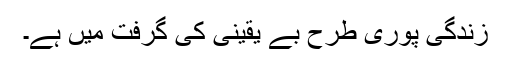
زندگی پوری طرح بے یقینی کی گرفت میں ہے۔